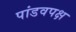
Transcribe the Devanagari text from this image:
पांडवपक्ष